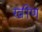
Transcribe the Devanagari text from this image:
खींण